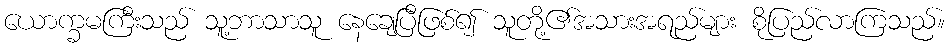
ယောက္ခမကြီးသည် သူ့ဘာသာသူ နေချေပြီဖြစ်၍ သူတို့၏အသားအရည်များ စိုပြည်လာကြသည်။